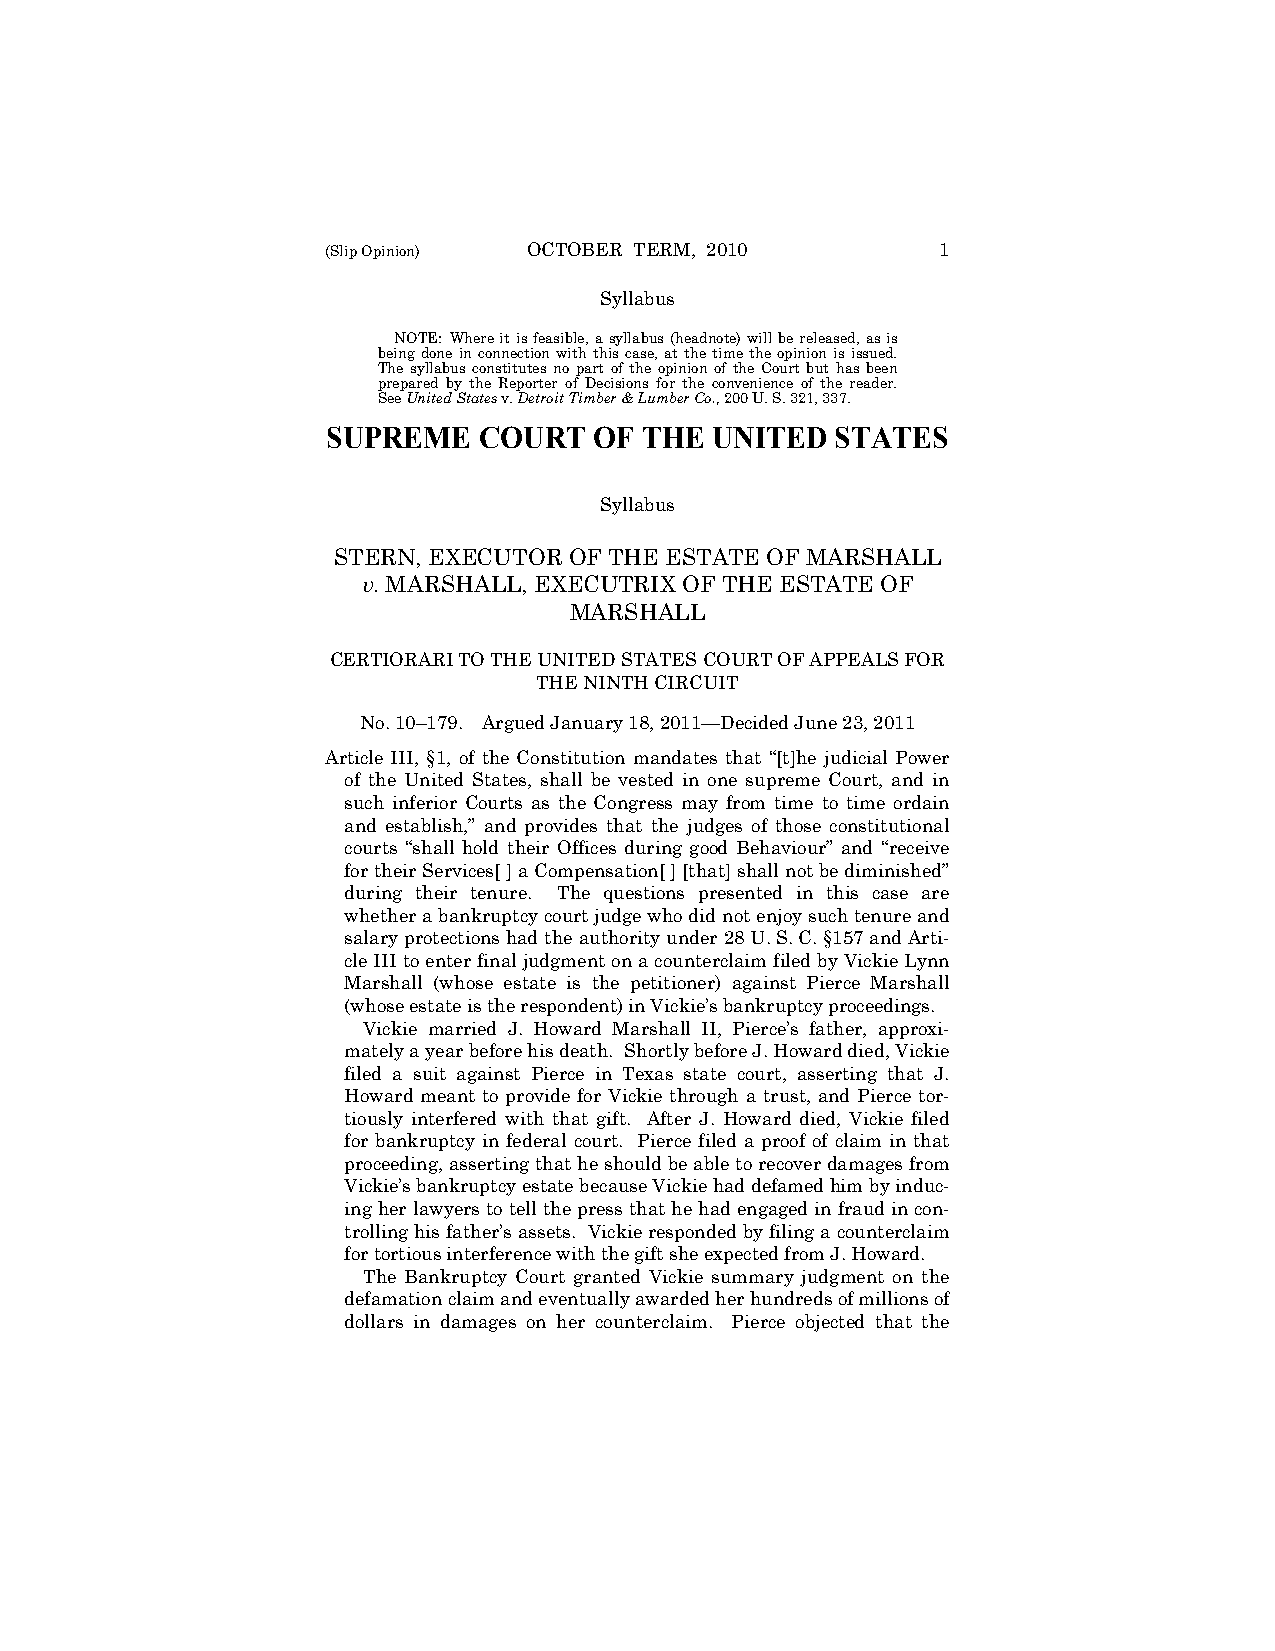
(Slip Opinion) OCTOBER TERM, 2010       1
 Syllabus
 NOTE: Where it is feasible, a syllabus (headnote) will be released, as is
 being done in connection with this case, at the time the opinion is issued.
 The syllabus constitutes no part of the opinion of the Court but has been
 prepared by the Reporter of Decisions for the convenience of the reader.
 See United States v. Detroit Timber & Lumber Co., 200 U. S. 321, 337.
 SUPREME   COURT  OF THE  UNITED  STATES
 Syllabus
 STERN, EXECUTOR OF THE ESTATE OF MARSHALL
 v. MARSHALL, EXECUTRIX OF THE ESTATE OF
 MARSHALL
 CERTIORARI TO THE UNITED STATES COURT OF APPEALS FOR
 THE NINTH CIRCUIT
 No. 10–179. Argued January 18, 2011—Decided June 23, 2011
 Article III, §1, of the Constitution mandates that “[t]he judicial Power
 of the United States, shall be vested in one supreme Court, and in
 such inferior Courts as the Congress may from time to time ordain
 and establish,” and provides that the judges of those constitutional
 courts “shall hold their Offices during good Behaviour” and “receive
 for their Services[ ] a Compensation[ ] [that] shall not be diminished”
 during their tenure. The questions presented in this case are
 whether a bankruptcy court judge who did not enjoy such tenure and
 salary protections had the authority under 28 U. S. C. §157 and Arti-
 cle III to enter final judgment on a counterclaim filed by Vickie Lynn
 Marshall (whose estate is the petitioner) against Pierce Marshall
 (whose estate is the respondent) in Vickie’s bankruptcy proceedings.
 Vickie married J. Howard Marshall II, Pierce’s father, approxi-
 mately a year before his death. Shortly before J. Howard died, Vickie
 filed a suit against Pierce in Texas state court, asserting that J.
 Howard meant to provide for Vickie through a trust, and Pierce tor-
 tiously interfered with that gift. After J. Howard died, Vickie filed
 for bankruptcy in federal court. Pierce filed a proof of claim in that
 proceeding, asserting that he should be able to recover damages from
 Vickie’s bankruptcy estate because Vickie had defamed him by induc-
 ing her lawyers to tell the press that he had engaged in fraud in con-
 trolling his father’s assets. Vickie responded by filing a counterclaim
 for tortious interference with the gift she expected from J. Howard.
 The Bankruptcy Court granted Vickie summary judgment on the
 defamation claim and eventually awarded her hundreds of millions of
 dollars in damages on her counterclaim. Pierce objected that the